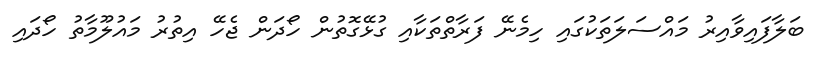
ބަލާފައިވާއިރު މައްސަލަތަކުގައި ހިމެނޭ ފަރާތްތަކާއި ގުޅޭގޮތުން ހޯދަން ޖެހޭ އިތުރު މައުލޫމާތު ހޯދައި